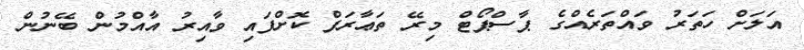
އަލަށް ހަތަރު ވައްތަރެއްގެ ޕާސްޕޯޓް މިރޭ ތަޢާރަފް ކޮށްފައި ވާއިރު އާއްމުން ބޭނުން